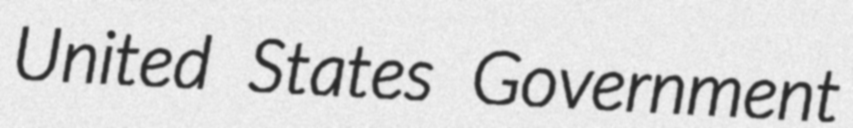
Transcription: United States Government